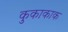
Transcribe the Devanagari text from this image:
कुकाकाक